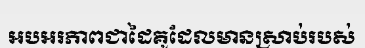
អបអរភាពជាដៃគូដែលមានស្រាប់របស់